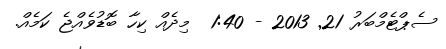
ސެޕްޓެމްބަރު 21